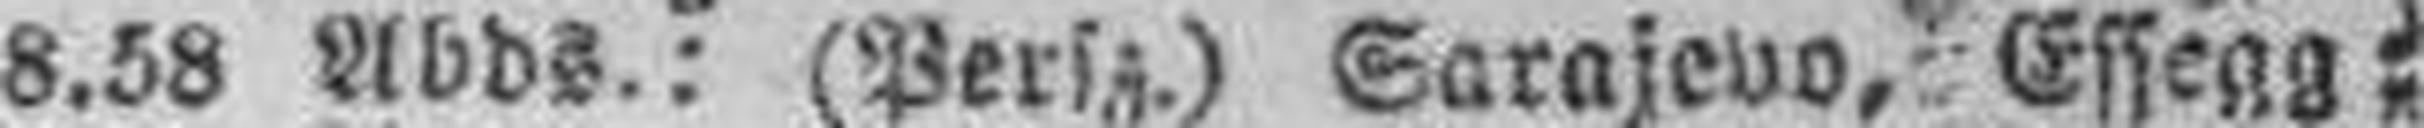
8.58 Abds.: (Persz.) Sarajevo, Essegg;